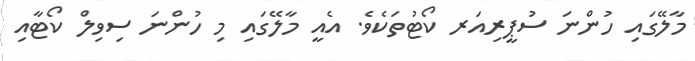
މާލޭގައި ހުންނަ ސުޕީރިއަރ ކޯޓުތަކެވެ. އެއީ މާލޭގައި މި ހުންނަ ސިވިލް ކޯޓާއި